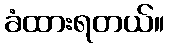
ခံထားရတယ်။